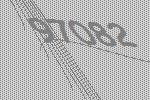
97082